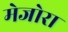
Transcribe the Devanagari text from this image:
मेजोरा